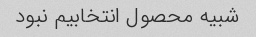
شبیه محصول انتخابیم نبود